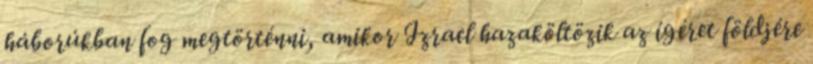
háborúkban fog megtörténni, amikor Izrael hazaköltözik az ígéret földjére